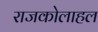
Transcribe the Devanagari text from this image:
राजकोलाहल